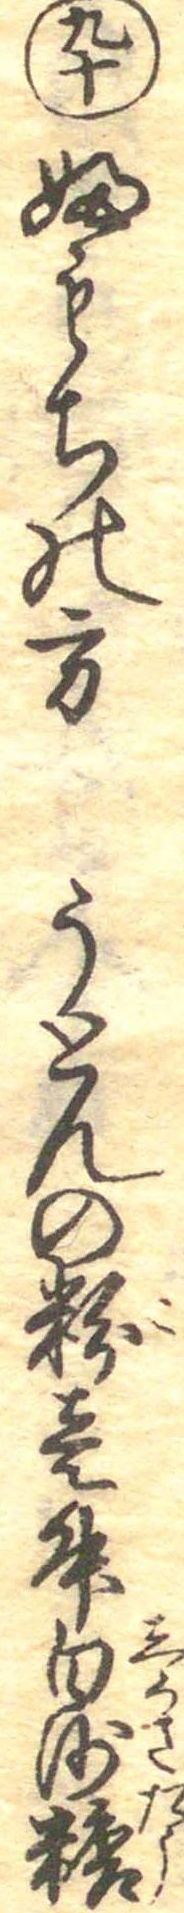
九十ふもちの方うとんの粉壱升白沙糖